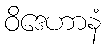
ဝိဒေဟာနံ